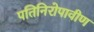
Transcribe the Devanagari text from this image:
पतिनिरोपावीण